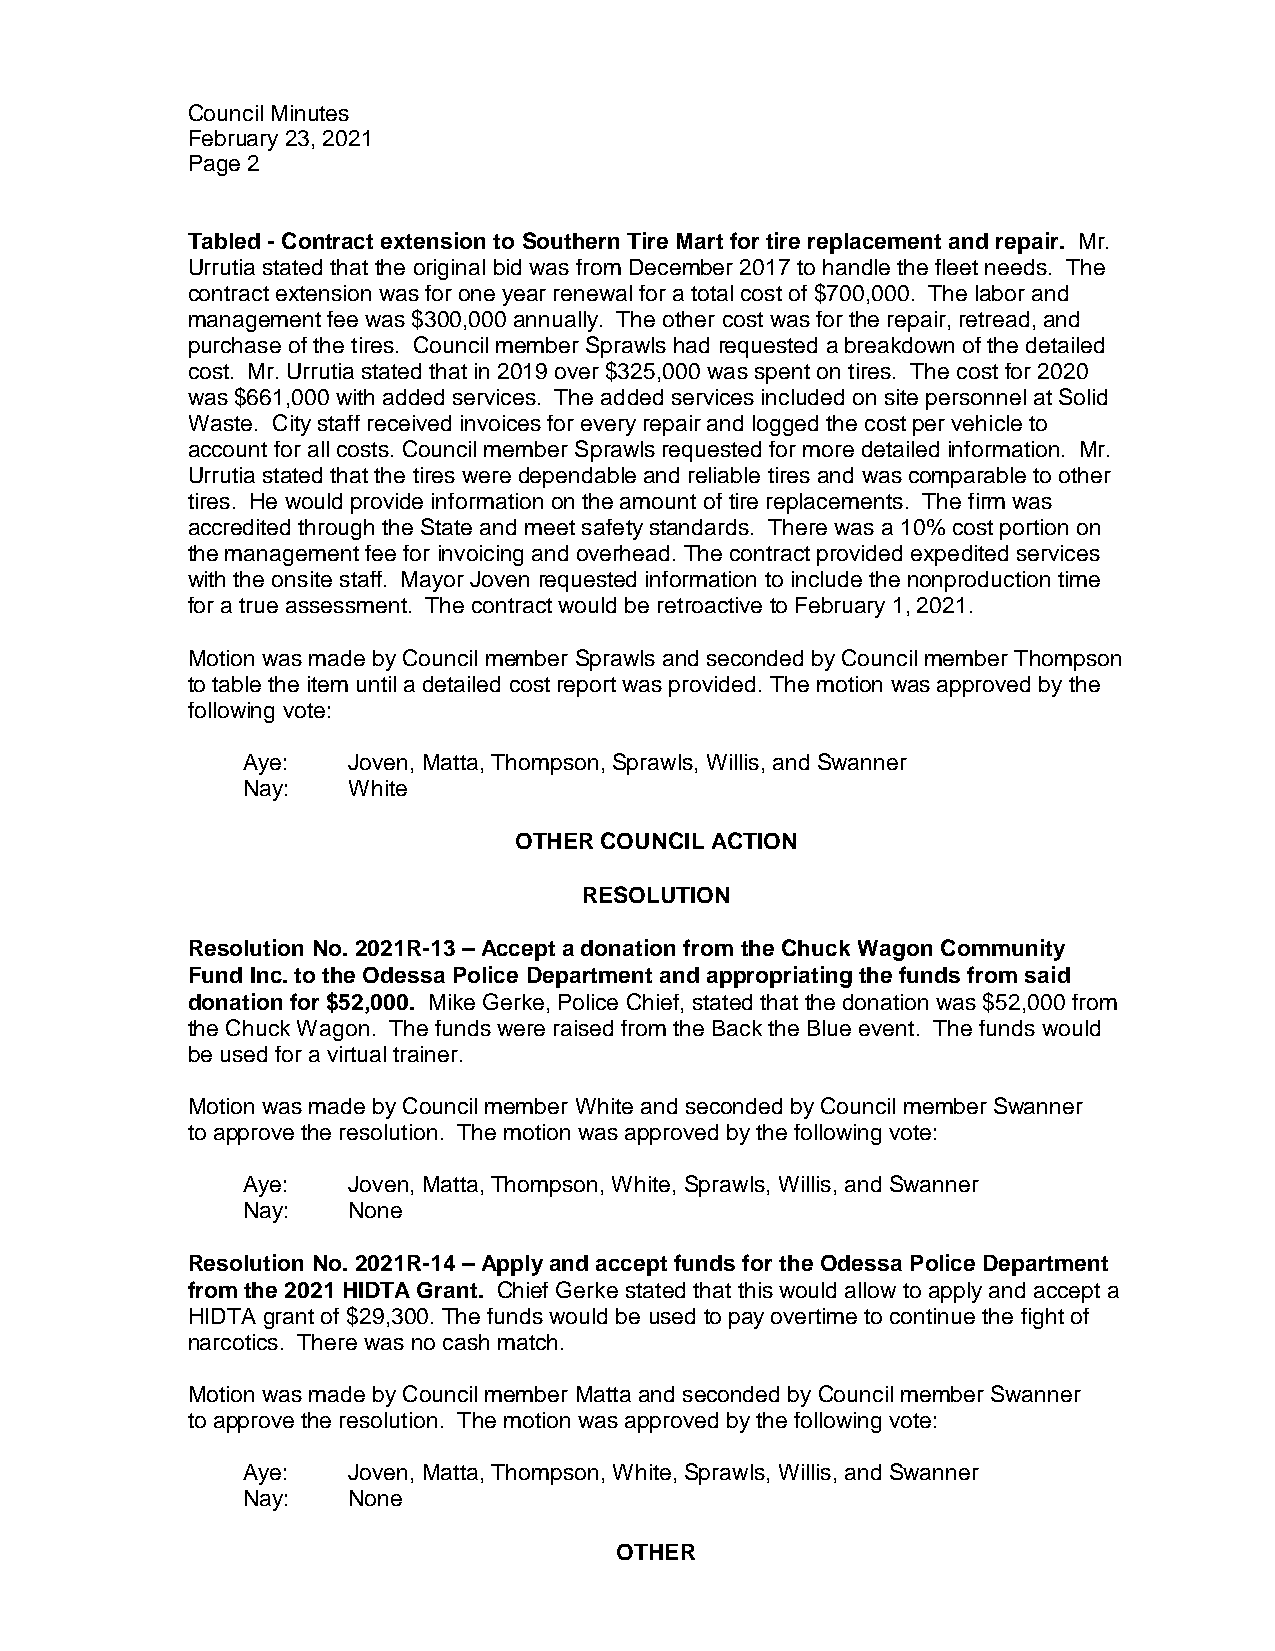
Council Minutes
 February 23, 2021
 Page 2
 Tabled - Contract extension to Southern Tire Mart for tire replacement and repair. Mr.
 Urrutia stated that the original bid was from December 2017 to handle the fleet needs. The
 contract extension was for one year renewal for a total cost of $700,000. The labor and
 management fee was $300,000 annually. The other cost was for the repair, retread, and
 purchase of the tires. Council member Sprawls had requested a breakdown of the detailed
 cost. Mr. Urrutia stated that in 2019 over $325,000 was spent on tires. The cost for 2020
 was $661,000 with added services. The added services included on site personnel at Solid
 Waste. City staff received invoices for every repair and logged the cost per vehicle to
 account for all costs. Council member Sprawls requested for more detailed information. Mr.
 Urrutia stated that the tires were dependable and reliable tires and was comparable to other
 tires. He would provide information on the amount of tire replacements. The firm was
 accredited through the State and meet safety standards. There was a 10% cost portion on
 the management fee for invoicing and overhead. The contract provided expedited services
 with the onsite staff. Mayor Joven requested information to include the nonproduction time
 for a true assessment. The contract would be retroactive to February 1, 2021.
 Motion was made by Council member Sprawls and seconded by Council member Thompson
 to table the item until a detailed cost report was provided. The motion was approved by the
 following vote:
 Aye:   Joven, Matta, Thompson, Sprawls, Willis, and Swanner
 Nay:   White
 OTHER COUNCIL ACTION
 RESOLUTION
 Resolution No. 2021R-13 – Accept a donation from the Chuck Wagon Community
 Fund Inc. to the Odessa Police Department and appropriating the funds from said
 donation for $52,000. Mike Gerke, Police Chief, stated that the donation was $52,000 from
 the Chuck Wagon. The funds were raised from the Back the Blue event. The funds would
 be used for a virtual trainer.
 Motion was made by Council member White and seconded by Council member Swanner
 to approve the resolution. The motion was approved by the following vote:
 Aye:   Joven, Matta, Thompson, White, Sprawls, Willis, and Swanner
 Nay:   None
 Resolution No. 2021R-14 – Apply and accept funds for the Odessa Police Department
 from the 2021 HIDTA Grant. Chief Gerke stated that this would allow to apply and accept a
 HIDTA grant of $29,300. The funds would be used to pay overtime to continue the fight of
 narcotics. There was no cash match.
 Motion was made by Council member Matta and seconded by Council member Swanner
 to approve the resolution. The motion was approved by the following vote:
 Aye:   Joven, Matta, Thompson, White, Sprawls, Willis, and Swanner
 Nay:   None
 OTHER